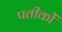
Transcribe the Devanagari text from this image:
पतीकों